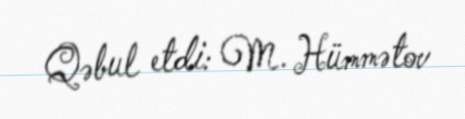
Qəbul etdi: M. Hümmətov